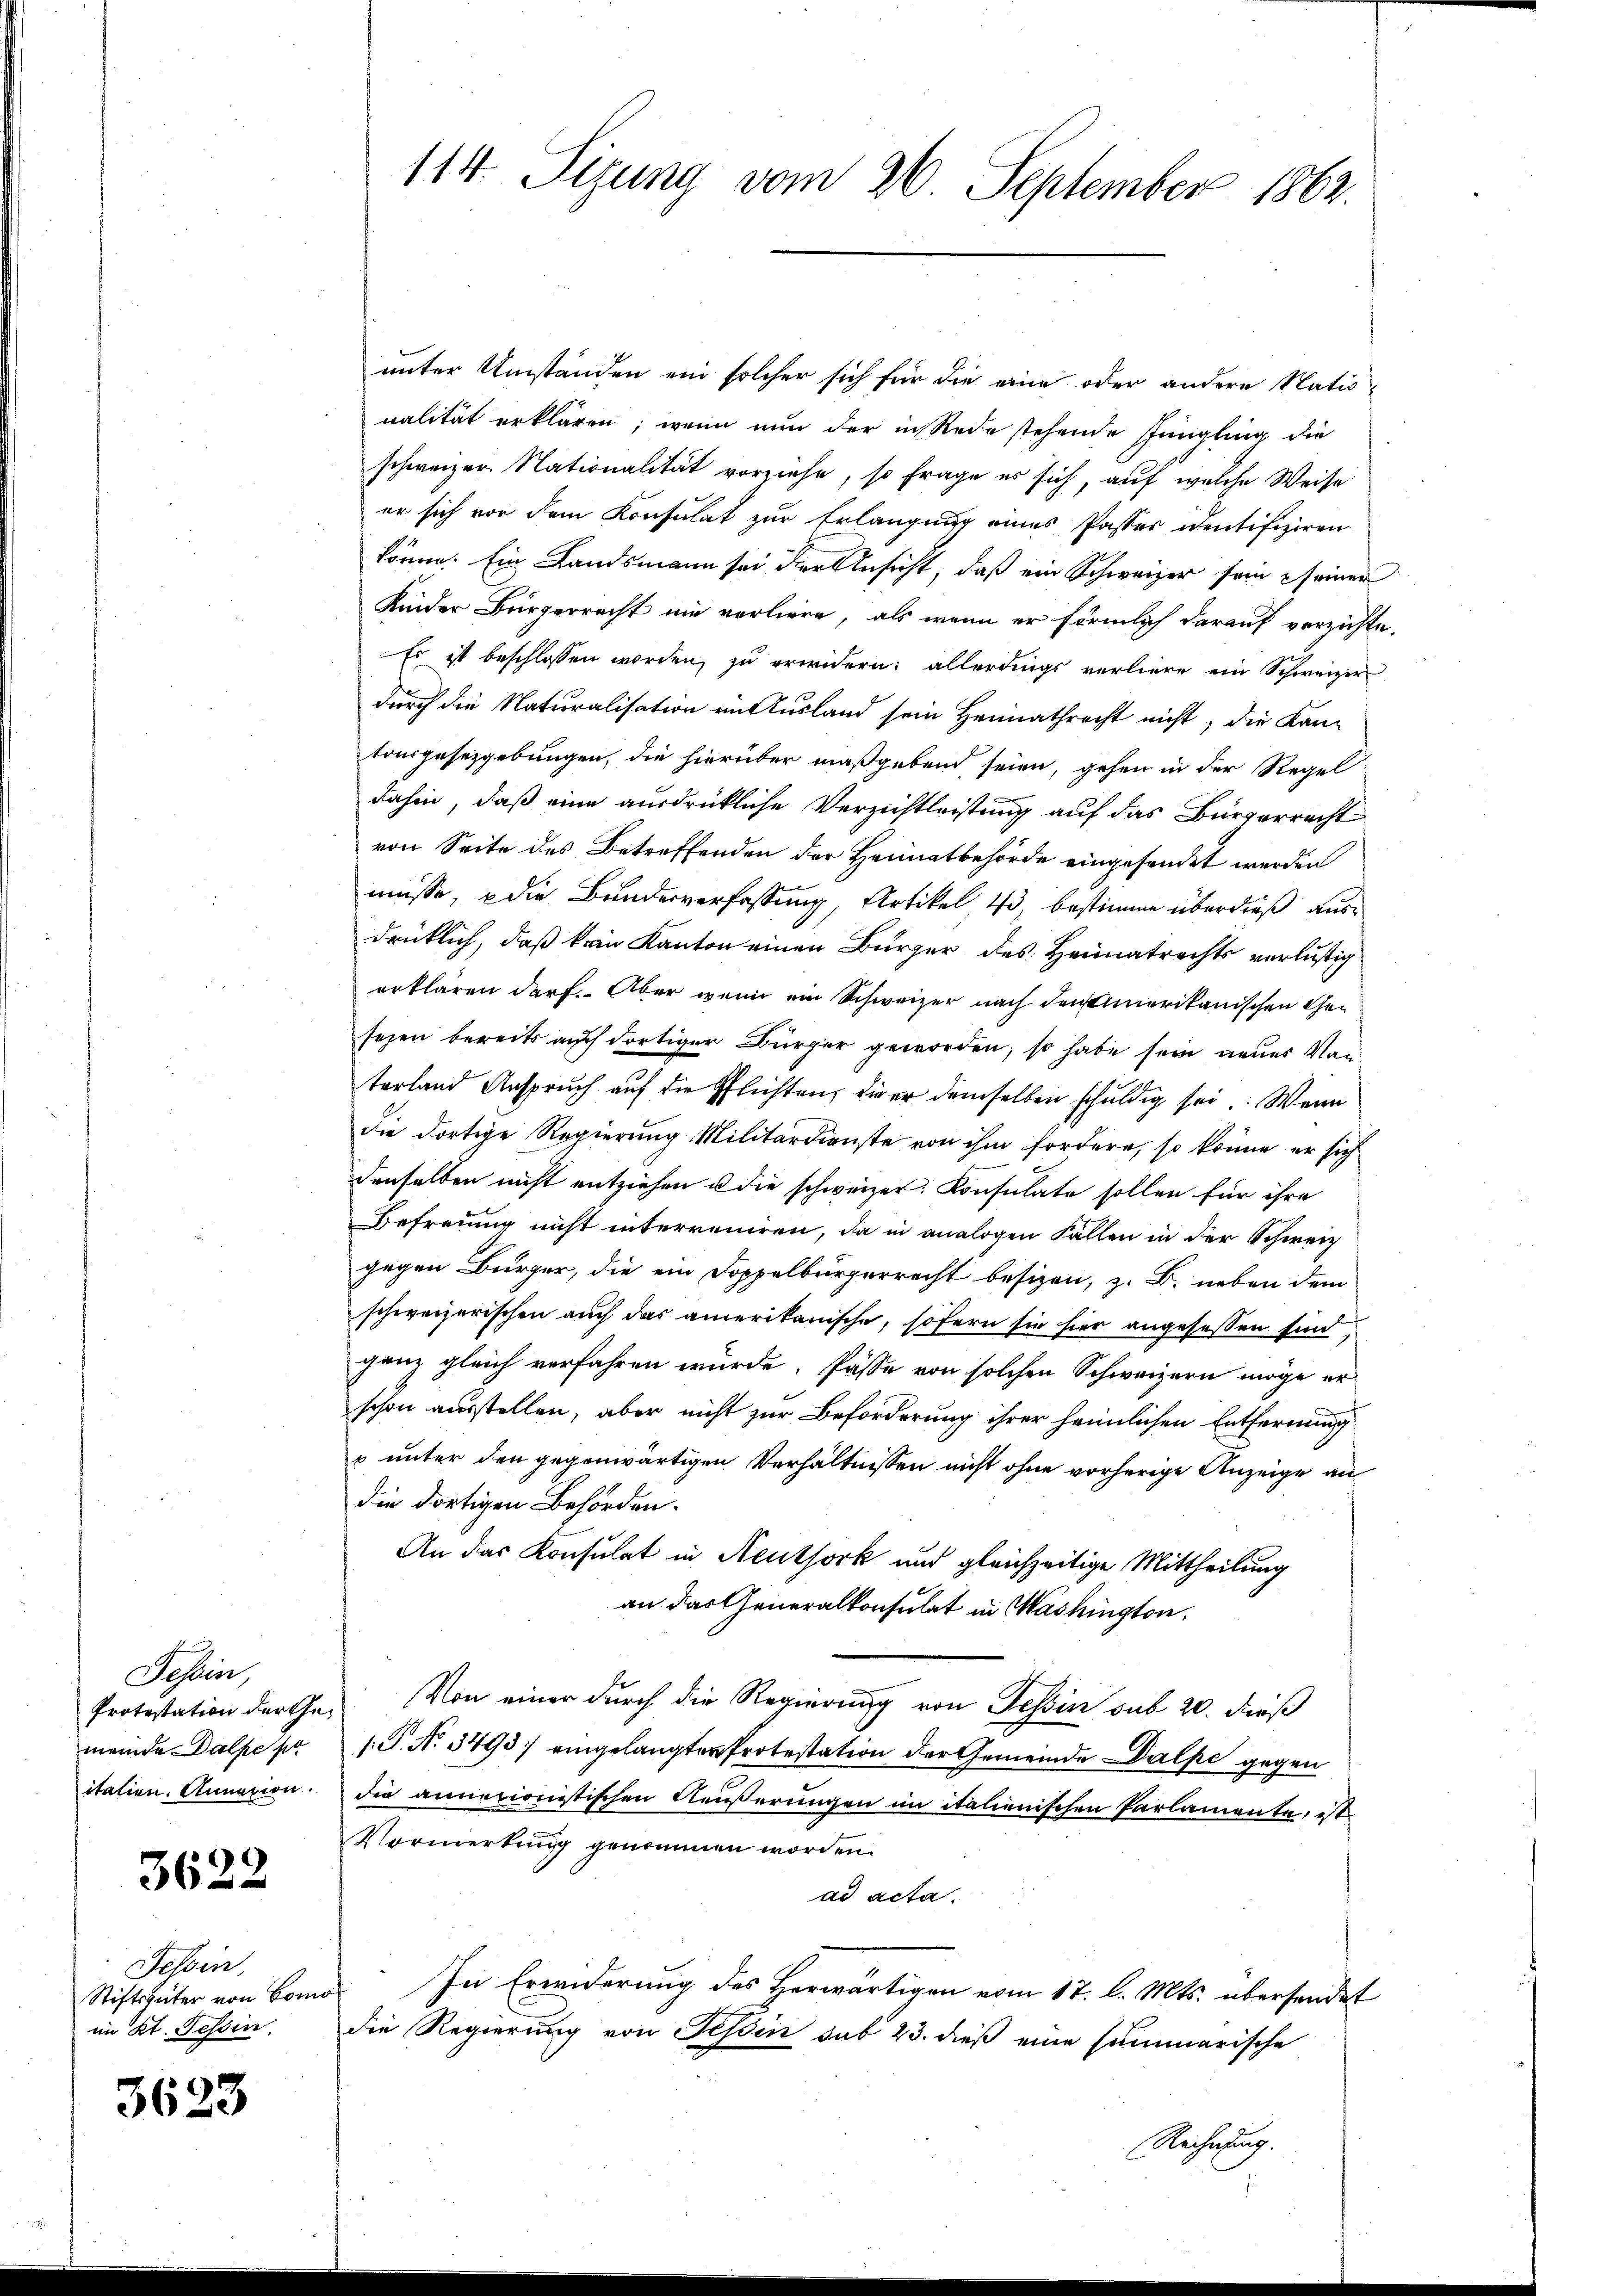
Tessin,
Protestation der Gemende Dalpe pr
itation. Annation.

3622

Tessin,
Stiftsgüter von Bonn
im Kt. Tessin.

3623

114. Sizung vom 26. September 1863.

unter Umständen ein solcher sich für die eine oder andere Natio
nalität erklären, wenn nun der in Rede stehende Jüngling die
schweizer. Nationalität vorziehe, so frage es sich, auf welche Weise
er sich vor dem Konsulat zur Erlangung eines Passes ventifiziren
könne. Ein Landsmann sei der Ansicht, daß ein Schweizer sein seiner
Kinder Bürgerrecht nie vorliere, als wenn er förmlich darauf verzichte.
Es ist beschlossen worden, zu erwidern; allerdings verliere ein Schweizer
durch die Naturalisation mit Ausland sein Heimathrecht nicht; die Kan-
tonsgesetzgebungen, die hierüber maßgebend seien, gehen in der Regel
dahin, daß eine ausdrückliche Versichtleistung auf das Bürgerrecht
von Seite des Betreffenden der Heimatbehörde eingesendet werden
müsse, die Bundesverfassung, Artikel 43, bestimme überdieß ausdrücklich, daß kein Kanton einen Bürger des Heimatrechts verlustig
erklären darf. Aber wenn ein Schweizer nach den Amerikanischen Gesehen bereits auch dortiger Bürger geworden, so habe sein neues Vanterland Anspruch auf die Pflichten, die er demselben schuldig sei. Wenn
die dortige Regierung Militärdienste von ihm fordere, so könne er sich
denselben nicht entziehen u die schweizer. Konsulate sollen für ihre
Befreung nicht interreiren, da in analogen Fällen in der Schweiz
gegen Bürger, die ein Doppelburgerrecht besizen, z. B. neben dem
schweizerischen auch das amerikanische, sofern sie hier angesessen sind,
ganz gleich verfahren würde. Pässe von solchen Schweizern möge er
schon ausstellen, aber nicht zur Beförderung ihrer heimlichen Entfernung
p unter den gegenwärtigen Verhältnissen nicht ohne vorherige Anzeige an
die dortigen Behörden.
An das Konsulat in Neuthork und gleichzeitige Mittheilung
an das Generalkonsulat in Washington.
Von einer durch die Regierung von Tessin sub 20. dieß
.P. N. 3493] eingelangten Protestation der Gemeinde Dalpe gegen
die annexionistischen Aeußerungen im italienischen Parlamente, ist
Vormerkung genommen worden.
ad acta.
In Erwiderung des Herwärtigen vom 17. l. Mts. übersendet
die Regierung von Tessin sub 23. dieß eine summarische
Rechnung.